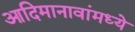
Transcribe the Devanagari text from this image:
आदिमानावांमध्ये